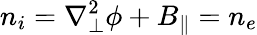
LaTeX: n_{i}=\nabla_{\perp}^{2}\phi+B_{\parallel}=n_{e}